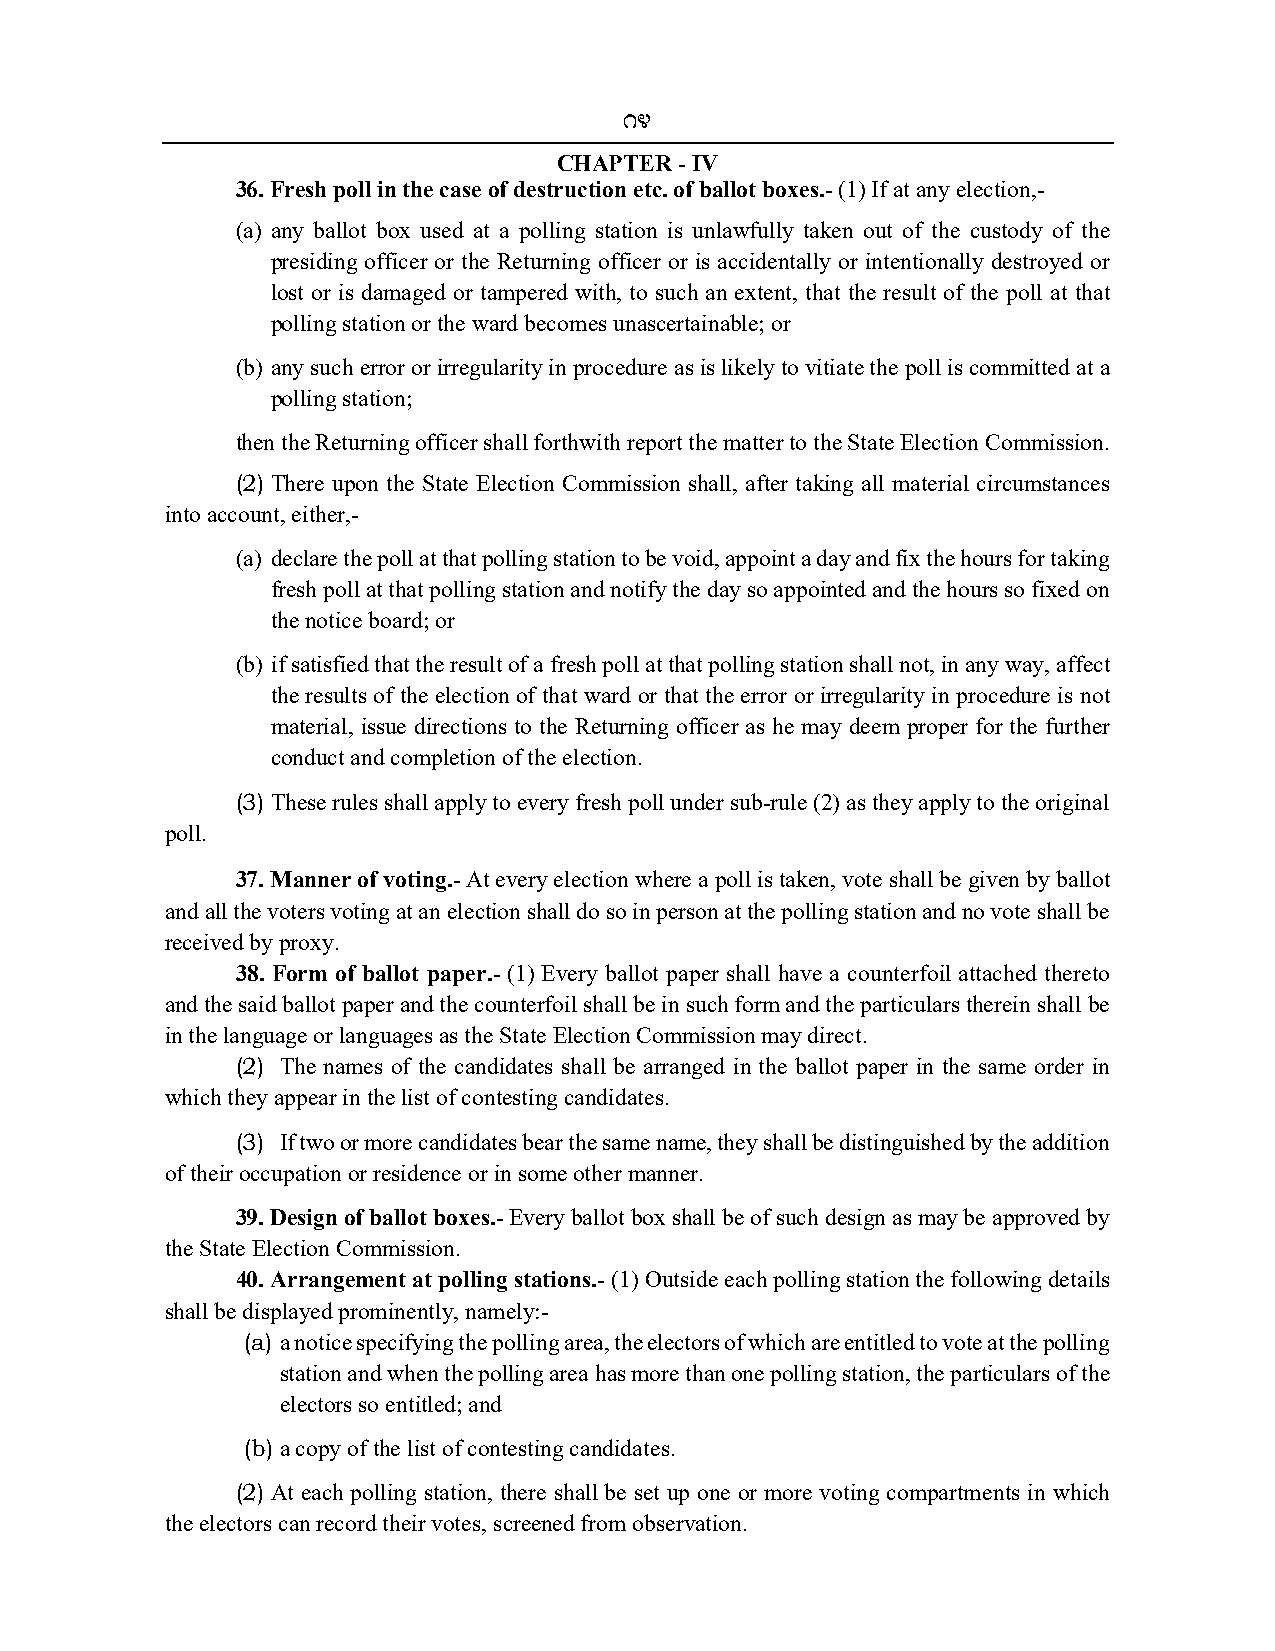
14
 CHAPTER - IV
 36. Fresh poll in the case of destruction etc. of ballot boxes.- (1) If at any election,-
 (a) any ballot box used at a polling station is unlawfully taken out of the custody of the
 presiding officer or the Returning officer or is accidentally or intentionally destroyed or
 lost or is damaged or tampered with, to such an extent, that the result of the poll at that
 polling station or the ward becomes unascertainable; or
 (b) any such error or irregularity in procedure as is likely to vitiate the poll is committed at a
 polling station;
 then the Returning officer shall forthwith report the matter to the State Election Commission.
 (2) There upon the State Election Commission shall, after taking all material circumstances
 into account, either,-
 (a) declare the poll at that polling station to be void, appoint a day and fix the hours for taking
 fresh poll at that polling station and notify the day so appointed and the hours so fixed on
 the notice board; or
 (b) if satisfied that the result of a fresh poll at that polling station shall not, in any way, affect
 the results of the election of that ward or that the error or irregularity in procedure is not
 material, issue directions to the Returning officer as he may deem proper for the further
 conduct and completion of the election.
 (3) These rules shall apply to every fresh poll under sub-rule (2) as they apply to the original
 poll.
 37. Manner of voting.- At every election where a poll is taken, vote shall be given by ballot
 and all the voters voting at an election shall do so in person at the polling station and no vote shall be
 received by proxy.
 38. Form of ballot paper.- (1) Every ballot paper shall have a counterfoil attached thereto
 and the said ballot paper and the counterfoil shall be in such form and the particulars therein shall be
 in the language or languages as the State Election Commission may direct.
 (2) The names of the candidates shall be arranged in the ballot paper in the same order in
 which they appear in the list of contesting candidates.
 (3) If two or more candidates bear the same name, they shall be distinguished by the addition
 of their occupation or residence or in some other manner.
 39. Design of ballot boxes.- Every ballot box shall be of such design as may be approved by
 the State Election Commission.
 40. Arrangement at polling stations.- (1) Outside each polling station the following details
 shall be displayed prominently, namely:-
 (a) a notice specifying the polling area, the electors of which are entitled to vote at the polling
 station and when the polling area has more than one polling station, the particulars of the
 electors so entitled; and
 (b) a copy of the list of contesting candidates.
 (2) At each polling station, there shall be set up one or more voting compartments in which
 the electors can record their votes, screened from observation.